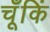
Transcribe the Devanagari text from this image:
चूँकिं